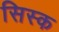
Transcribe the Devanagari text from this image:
सिस्क